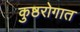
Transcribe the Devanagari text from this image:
कुष्ठरोगात